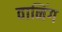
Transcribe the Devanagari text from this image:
वानिंग